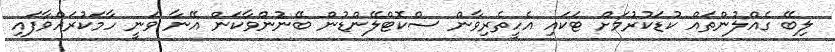
ލިބޭ ގެއްލުންތައް ކުޑަކުރުމަށް ޓަކައި އެހީތެރިވާން ސްކޮޓްލޭންޑުން ބޭނުންވާކަން އޭނާ ވަނީ ހާމަކުރައްވާފައި